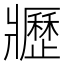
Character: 𤖢